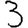
Digit: 3